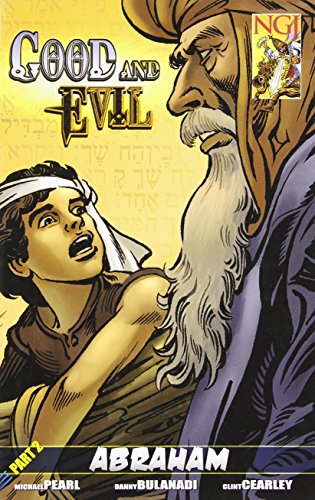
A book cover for Good and Evil Part 2; Michael Pearl; Comics & Graphic Novels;